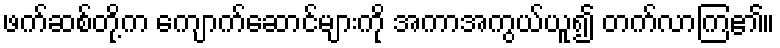
ဖက်ဆစ်တို့က ကျောက်ဆောင်များကို အကာအကွယ်ယူ၍ တက်လာကြ၏။